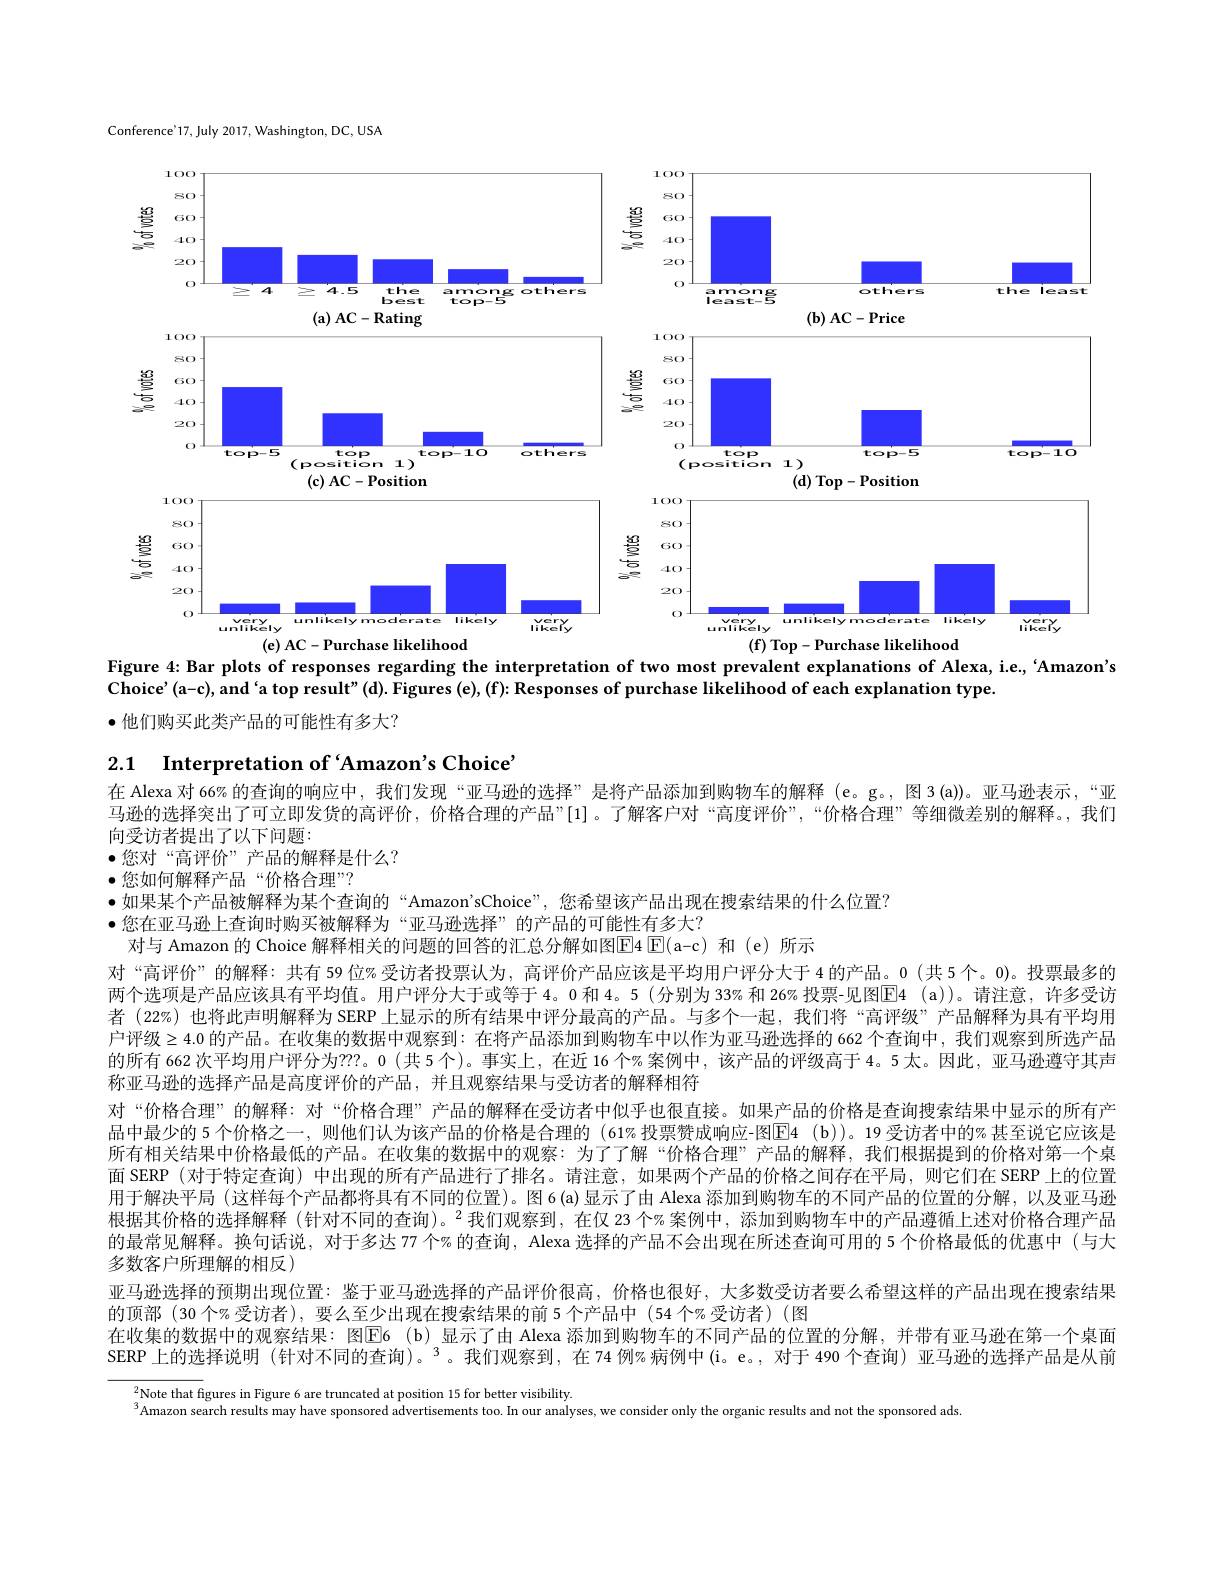
Conference'17, July 2017, Washington, DC, USA

<FigureHere>
Figure 4: Bar plots of responses regarding the interpretation of two most prevalent explanations of Alexa, i.e, ‘Amazon's

Choice' (a-c), and`a top result" (d). Figures (e), (f): Responses of purchase likelihood of each explanation type.

$\bullet$他们购买此类产品的可能性有多大？

2.1 Interpretation of‘Amazon's Choice’

在 Alexa 对 66% 的查询的响应中，我们发现 “亚马逊的选择”是将产品添加到购物车的解释 (e。g。, 图 3 (a))。亚马逊表示，“亚马逊的选择突出了可立即发货的高评价，价格合理的产品”[1]。了解客户对“高度评价”,“价格合理”等细微差别的解释。,我们向受访者提出了以下问题：
$\bullet$您对“高评价”产品的解释是什么？
$\bullet$您如何解释产品“价格合理”?
·如果某个产品被解释为某个查询的“Amazon'sChoice”,您希望该产品出现在搜索结果的什么位置？
·您在亚马逊上查询时购买被解释为“亚马逊选择”的产品的可能性有多大？
对与 Amazon 的 Choice 解释相关的问题的回答的汇总分解如图$\boxed{\mathrm{E}}$4 E(a-c) 和 (e)所示
对“高评价”的解释：共有 59 位%受访者投票认为，高评价产品应该是平均用户评分大于 4 的产品。0 (共 5个。0)。投票最多的两个选项是产品应该具有平均值。用户评分大于或等于 4。0 和 4。5 (分别为 33% 和 26% 投票-见图E4 ( a) )。请注意，许多受访者 (22%) 也将此声明解释为 SERP 上显示的所有结果中评分最高的产品。与多个一起，我们将“高评级”产品解释为具有平均用户评级$\geq4.0$ 的产品。在收集的数据中观察到：在将产品添加到购物车中以作为亚马逊选择的 662 个查询中，我们观察到所选产品的所有 662 次平均用户评分为？??。0 (共 5个)。事实上，在近 16 个% 案例中，该产品的评级高于 4。5 太。因此，亚马逊遵守其声称亚马逊的选择产品是高度评价的产品，并且观察结果与受访者的解释相符
对“价格合理”的解释：对“价格合理”产品的解释在受访者中似乎也很直接。如果产品的价格是查询搜索结果中显示的所有产品中最少的 5 个价格之一，则他们认为该产品的价格是合理的 (61% 投票赞成响应-图$\boxed{\mathrm{E} }4$ (b))。19 受访者中的% 甚至说它应该是所有相关结果中价格最低的产品。在收集的数据中的观察：为了了解“价格合理”产品的解释，我们根据提到的价格对第一个桌面 SERP (对于特定查询) 中出现的所有产品进行了排名。请注意，如果两个产品的价格之间存在平局，则它们在 SERP 上的位置用于解决平局 (这样每个产品都将具有不同的位置)。图 6(a)显示了由 Alexa 添加到购物车的不同产品的位置的分解，以及亚马逊根据其价格的选择解释 (针对不同的查询)。$^2$我们观察到，在仅 23 个% 案例中，添加到购物车中的产品遵循上述对价格合理产品的最常见解释。换句话说，对于多达 77 个% 的查询，Alexa 选择的产品不会出现在所述查询可用的 5 个价格最低的优惠中 (与大多数客户所理解的相反)
亚马逊选择的预期出现位置：鉴于亚马逊选择的产品评价很高，价格也很好，大多数受访者要么希望这样的产品出现在搜索结果
的顶部 (30 个%受访者),要么至少出现在搜索结果的前 5 个产品中 (54 个%受访者)(图
在收集的数据中的观察结果：图$\operatorname { E\text{E}6}$ (b)显示了由 Alexa 添加到购物车的不同产品的位置的分解，并带有亚马逊在第一个桌面SERP 上的选择说明 (针对不同的查询)。$^3$。我们观察到，在 74 例%病例中(i。e。,对于 490 个查询) 亚马逊的选择产品是从前
$^{2}$Note that figures in Figure 6 are truncated at position 15 for better visibility

$^{3}$Amazon search results may have sponsored advertisements too. In our analyses, we consider only the organic results and not the sponsored ads